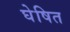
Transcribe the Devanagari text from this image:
घेषित